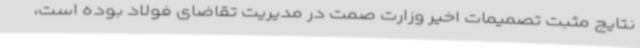
نتایج مثبت تصمیمات اخیر وزارت صمت در مدیریت تقاضای فولاد بوده است،